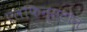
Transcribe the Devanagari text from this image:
एलफिन्सटोन